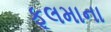
ફૂલમાના